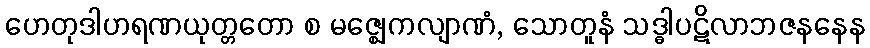
ဟေတုဒါဟရဏယုတ္တတော စ မဇ္ဈေကလျာဏံ, သောတူနံ သဒ္ဓါပဋိလာဘဇနနေန